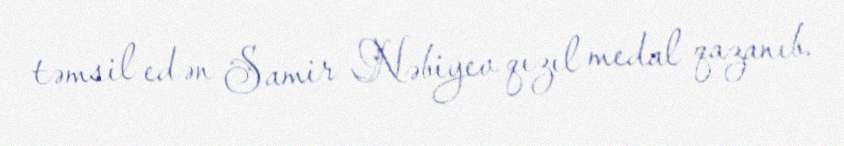
təmsil edən Samir Nəbiyev qızıl medal qazanıb.